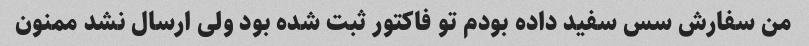
من سفارش سس سفید داده بودم تو فاکتور ثبت شده بود ولی ارسال نشد ممنون